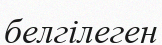
белгілеген